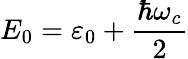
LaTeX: E_{0}=\varepsilon_{0}+\frac{\hbar\omega_{c}}{2}